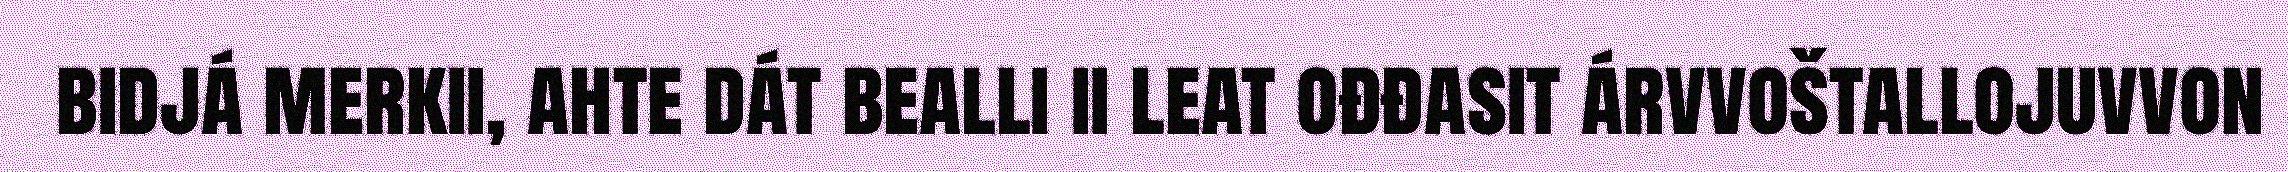
bidjá merkii, ahte dát bealli ii leat ođđasit árvvoštallojuvvon